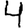
Digit: 4